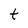
Character: t